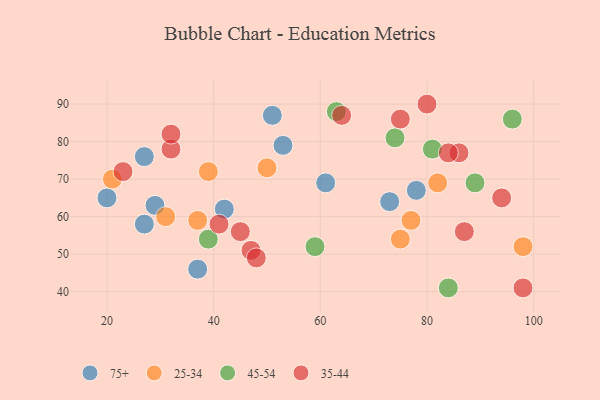
{"axis": {"x": "GDP", "y": "Life Expectancy"}, "legend": ["25-34", "35-44", "45-54", "75+"], "data": [{"x": "53", "y": 79, "type": "75+"}, {"x": "29", "y": 63, "type": "75+"}, {"x": "61", "y": 69, "type": "75+"}, {"x": "20", "y": 65, "type": "75+"}, {"x": "51", "y": 87, "type": "75+"}, {"x": "78", "y": 67, "type": "75+"}, {"x": "27", "y": 58, "type": "75+"}, {"x": "42", "y": 62, "type": "75+"}, {"x": "27", "y": 76, "type": "75+"}, {"x": "73", "y": 64, "type": "75+"}, {"x": "37", "y": 46, "type": "75+"}, {"x": "75", "y": 54, "type": "25-34"}, {"x": "98", "y": 52, "type": "25-34"}, {"x": "21", "y": 70, "type": "25-34"}, {"x": "50", "y": 73, "type": "25-34"}, {"x": "39", "y": 72, "type": "25-34"}, {"x": "77", "y": 59, "type": "25-34"}, {"x": "37", "y": 59, "type": "25-34"}, {"x": "31", "y": 60, "type": "25-34"}, {"x": "82", "y": 69, "type": "25-34"}, {"x": "96", "y": 86, "type": "45-54"}, {"x": "74", "y": 81, "type": "45-54"}, {"x": "81", "y": 78, "type": "45-54"}, {"x": "89", "y": 69, "type": "45-54"}, {"x": "84", "y": 41, "type": "45-54"}, {"x": "59", "y": 52, "type": "45-54"}, {"x": "63", "y": 88, "type": "45-54"}, {"x": "39", "y": 54, "type": "45-54"}, {"x": "80", "y": 90, "type": "35-44"}, {"x": "23", "y": 72, "type": "35-44"}, {"x": "45", "y": 56, "type": "35-44"}, {"x": "47", "y": 51, "type": "35-44"}, {"x": "32", "y": 78, "type": "35-44"}, {"x": "75", "y": 86, "type": "35-44"}, {"x": "94", "y": 65, "type": "35-44"}, {"x": "86", "y": 77, "type": "35-44"}, {"x": "41", "y": 58, "type": "35-44"}, {"x": "84", "y": 77, "type": "35-44"}, {"x": "48", "y": 49, "type": "35-44"}, {"x": "64", "y": 87, "type": "35-44"}, {"x": "87", "y": 56, "type": "35-44"}, {"x": "98", "y": 41, "type": "35-44"}, {"x": "32", "y": 82, "type": "35-44"}]}